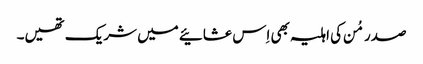
صدر مُن کی اہلیہ بھی اِس عشائیے میں شریک تھیں۔